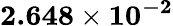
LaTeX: \mathbf{2.648\times 10^{-2}}